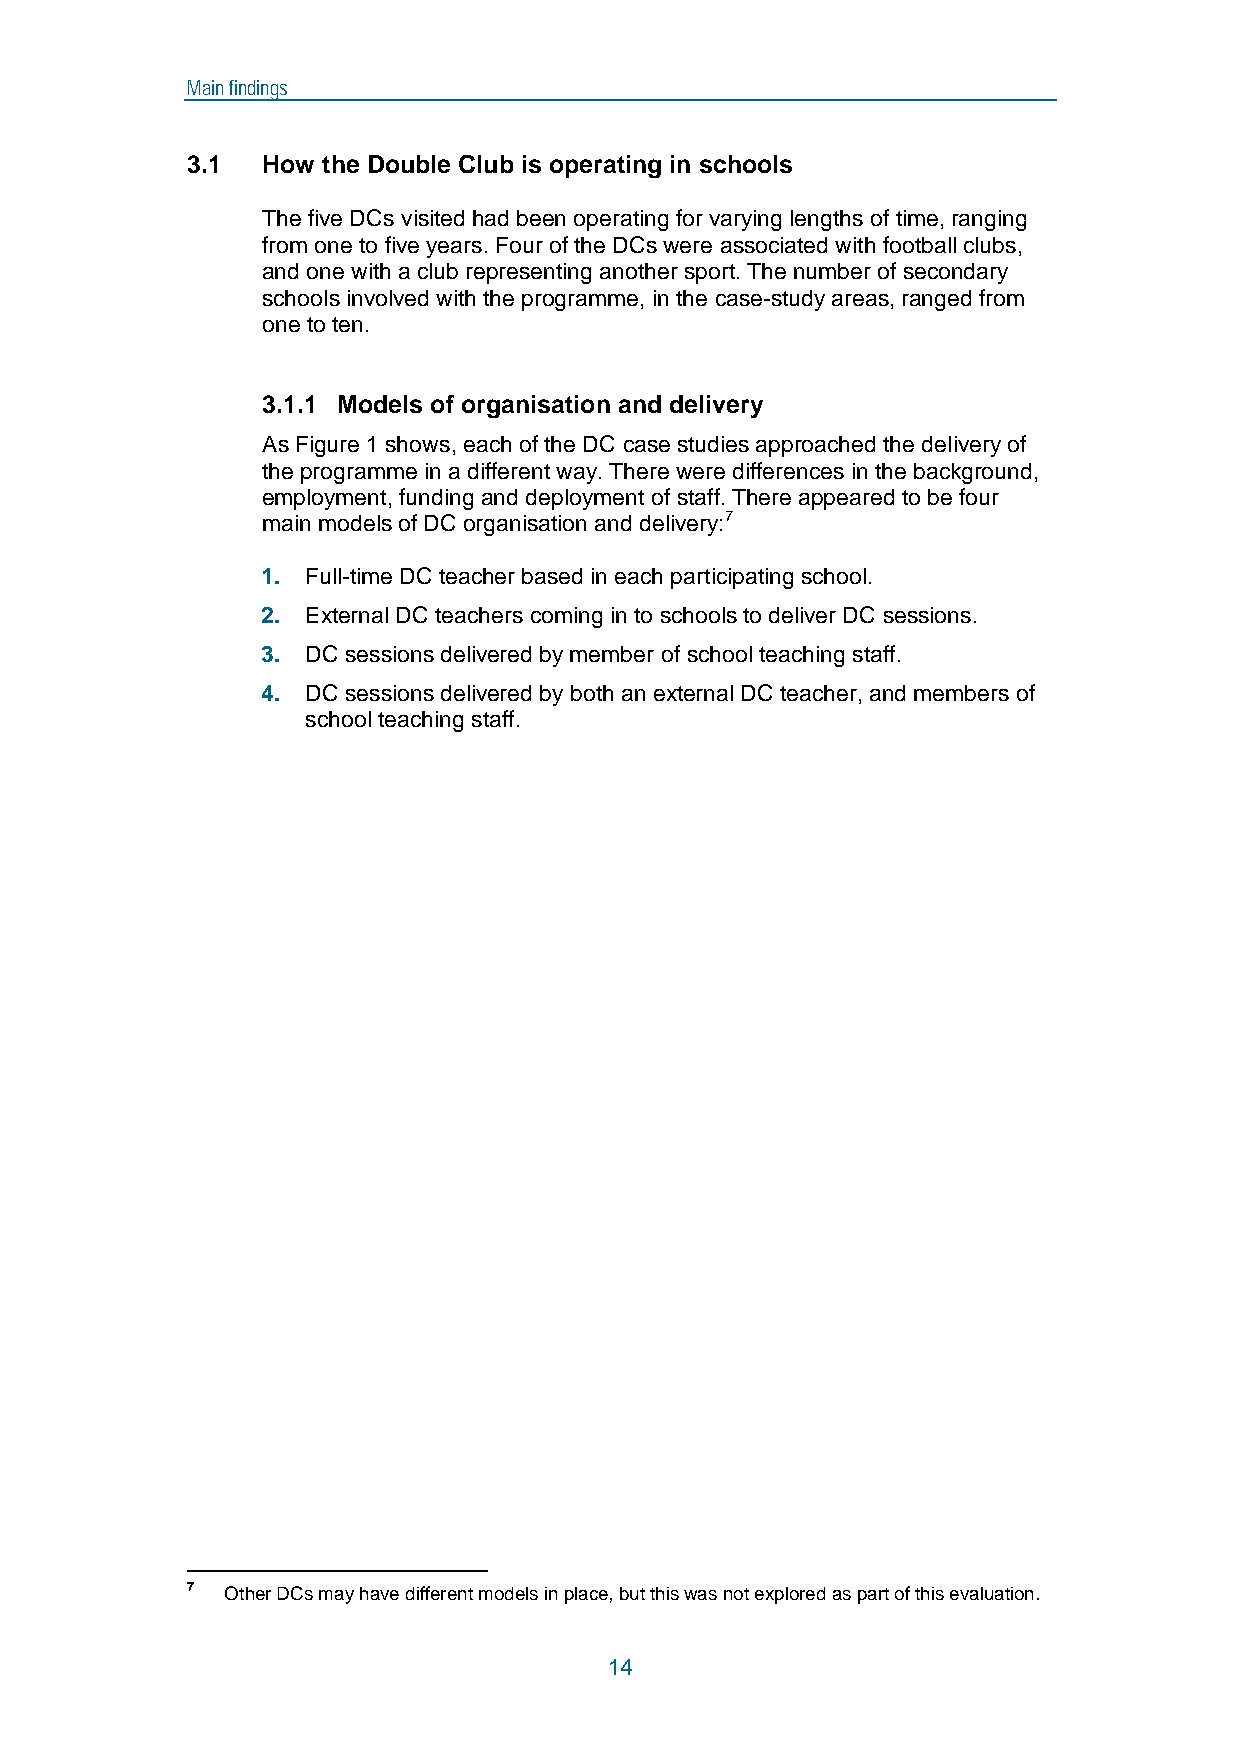
Main findings
 3.1  How the Double Club is operating in schools
 The five DCs visited had been operating for varying lengths of time, ranging
 from one to five years. Four of the DCs were associated with football clubs,
 and one with a club representing another sport. The number of secondary
 schools involved with the programme, in the case-study areas, ranged from
 one to ten.
 3.1.1 Models of organisation and delivery
 As Figure 1 shows, each of the DC case studies approached the delivery of
 the programme in a different way. There were differences in the background,
 employment, funding and deployment of staff. There appeared to be four
 main models of DC organisation and delivery:7
 1. Full-time DC teacher based in each participating school.
 2. External DC teachers coming in to schools to deliver DC sessions.
 3. DC sessions delivered by member of school teaching staff.
 4. DC sessions delivered by both an external DC teacher, and members of
 school teaching staff.
 7  Other DCs may have different models in place, but this was not explored as part of this evaluation.
 14